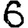
Digit: 6